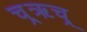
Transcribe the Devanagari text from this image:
च्र्ॠच्र्